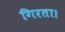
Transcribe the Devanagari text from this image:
गिरता।